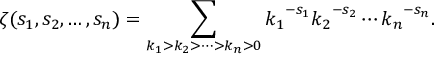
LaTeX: \zeta ( s _ { 1 } , s _ { 2 } , \ldots , s _ { n } ) = \sum _ { k _ { 1 } > k _ { 2 } > \cdots > k _ { n } > 0 } { k _ { 1 } } ^ { - s _ { 1 } } { k _ { 2 } } ^ { - s _ { 2 } } \cdots { k _ { n } } ^ { - s _ { n } } .